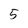
Character: 5